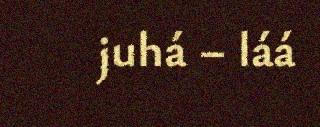
juhá – láá